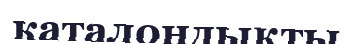
каталондықты